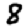
Digit: 8